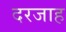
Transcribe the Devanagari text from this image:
दरजाह